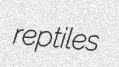
reptiles